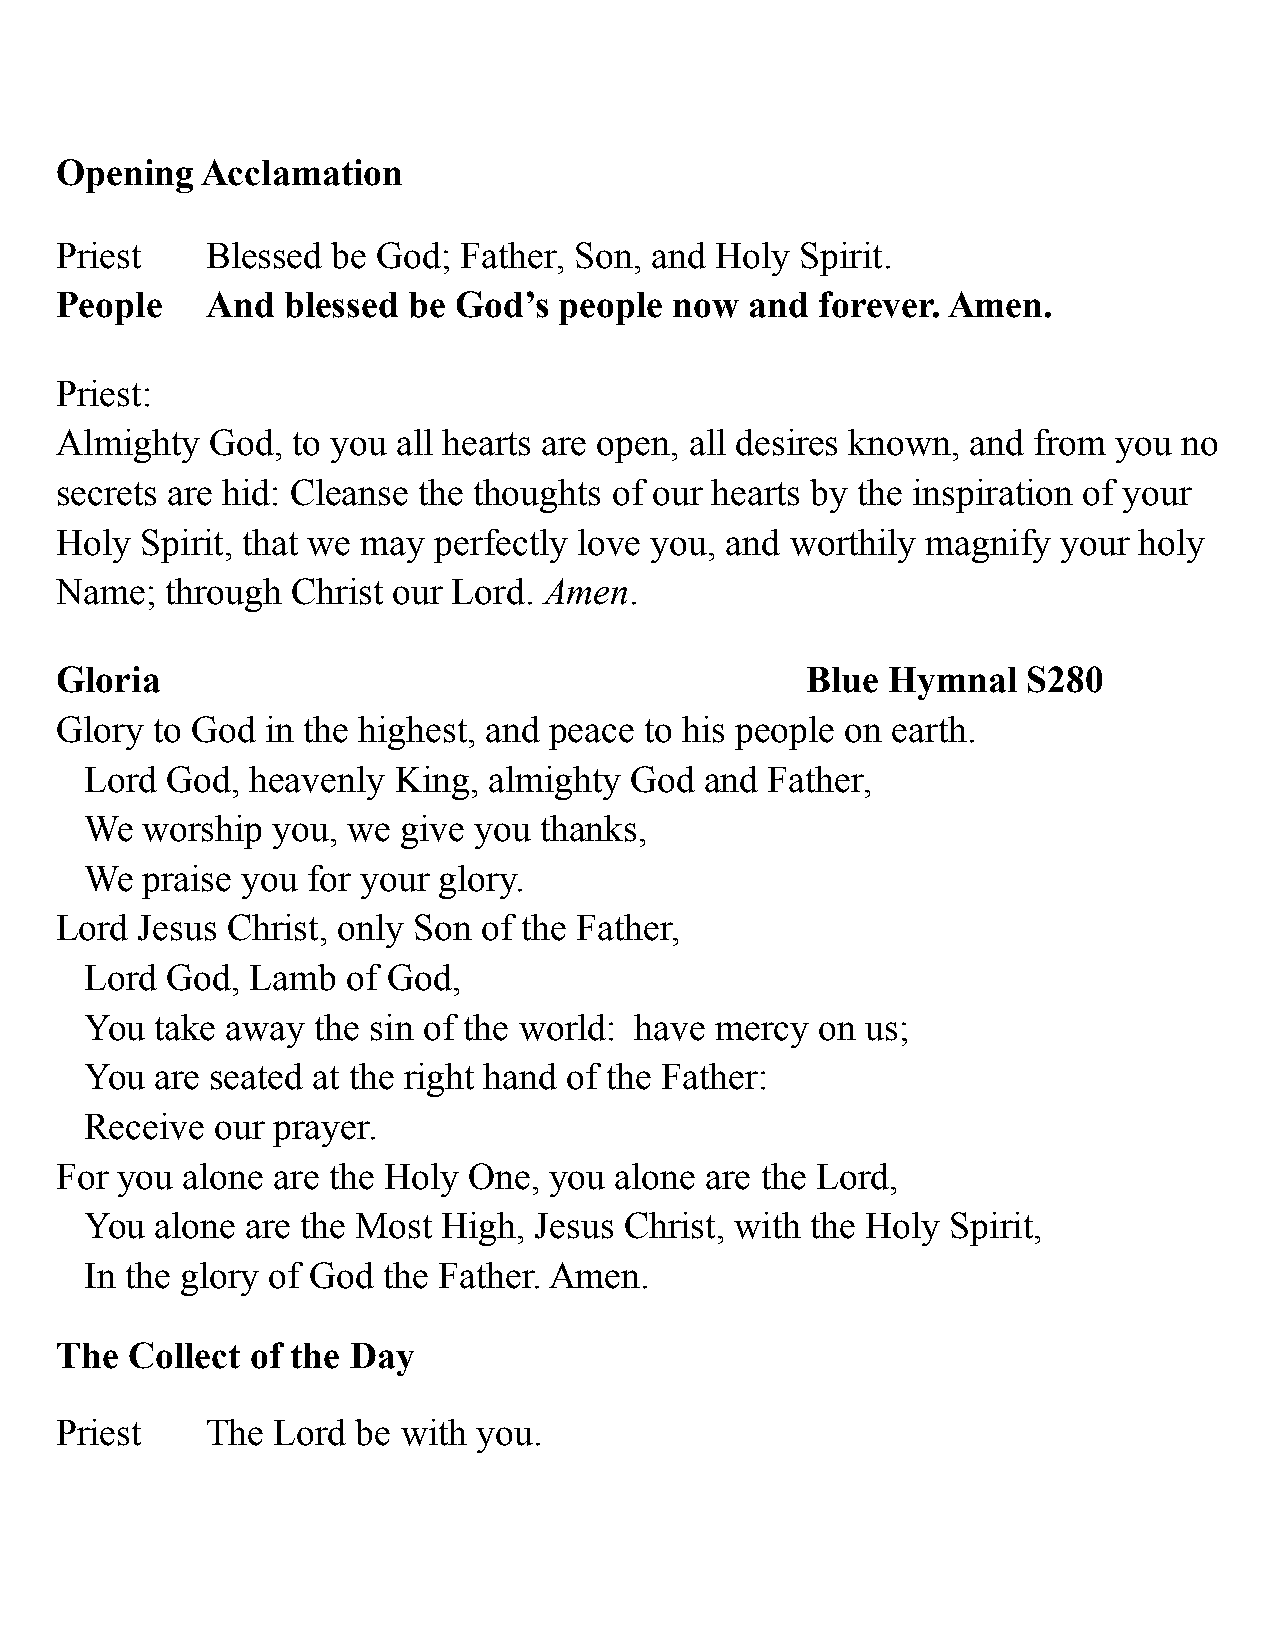
Opening  Acclamation
 Priest    Blessed be God;  Father, Son, and Holy Spirit.
 People    And  blessed be God’s  people  now  and forever. Amen.
 Priest:
 Almighty  God, to you all hearts are open, all desires known, and from you no
 secrets are hid: Cleanse the thoughts of our hearts by the inspiration of your
 Holy Spirit, that we may perfectly love you, and worthily magnify your holy
 Name;  through Christ our Lord. Amen.
 Gloria                                           Blue  Hymnal   S280
 Glory to God  in the highest, and peace to his people on earth.
 Lord God,  heavenly King, almighty  God  and Father,
 We worship  you, we  give you thanks,
 We praise you for your glory.
 Lord Jesus Christ, only Son of the Father,
 Lord God,  Lamb  of God,
 You take away  the sin of the world: have mercy on us;
 You are seated at the right hand of the Father:
 Receive our prayer.
 For you alone are the Holy One, you  alone are the Lord,
 You alone are the Most High, Jesus Christ, with the Holy Spirit,
 In the glory of God the Father. Amen.
 The Collect  of the Day
 Priest    The Lord  be with you.